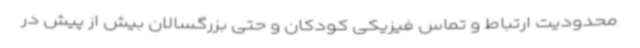
محدودیت ارتباط و تماس فیزیکی کودکان و حتی بزرگسالان بیش از پیش در